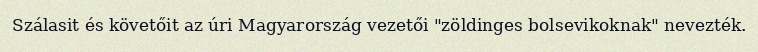
Szálasit és követőit az úri Magyarország vezetői "zöldinges bolsevikoknak" nevezték.